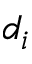
d _ { i }